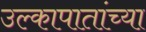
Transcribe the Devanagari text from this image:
उल्कापातांच्या